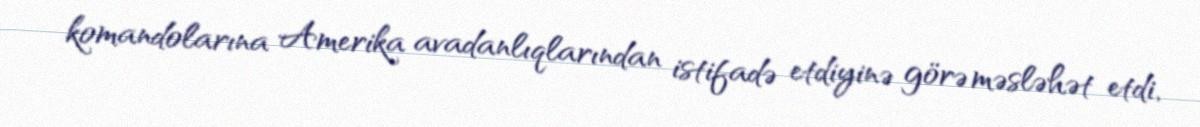
komandolarına Amerika avadanlıqlarından istifadə etdiyinə görə məsləhət etdi,